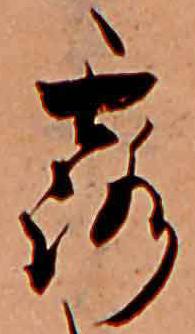
露